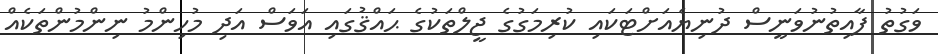
ވަގުތު ފާއިތުނުވަނީސް ދުނިޔެއަށްޓަކައި ކުރިމަގުގެ ޖީލްތަކުގެ ޙައްޤުގައި އަވަސް އަދި މުހިންމު ނިންމުންތަކެއް